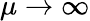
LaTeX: \mu\rightarrow\infty